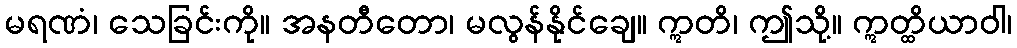
မရဏံ၊ သေခြင်းကို။ အနတီတော၊ မလွန်နိုင်ချေ။ ဣတိ၊ ဤသို့။ ဣတ္ထိယာဝါ၊